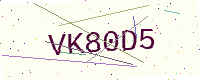
Text: VK80D5